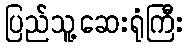
ပြည်သူ့ဆေးရုံကြီး